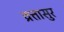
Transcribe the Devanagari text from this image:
व्रत्तासुर